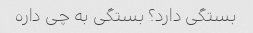
بستگی دارد؟ بستگی به چی داره